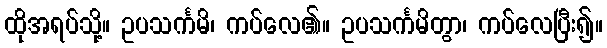
ထိုအရပ်သို့။ ဥပသင်္ကမိ၊ ကပ်လေ၏။ ဥပသင်္ကမိတွာ၊ ကပ်လေပြီး၍။